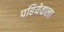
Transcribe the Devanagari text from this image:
पहियेवाला